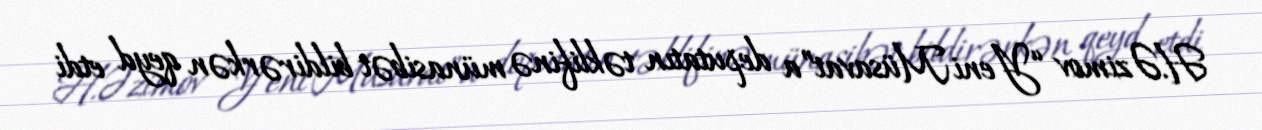
H.Əzimov “Yeni Müsavat”a deputatın təklifinə münasibət bildirərkən qeyd etdi